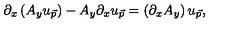
\partial _ { x } \left( A _ { y } u _ { \vec { p } } \right) - A _ { y } \partial _ { x } u _ { \vec { p } } = \left( \partial _ { x } A _ { y } \right) u _ { \vec { p } } ,